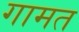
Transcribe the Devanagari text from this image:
गामत